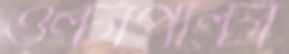
ওল্টাপাল্টা